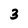
Character: 3